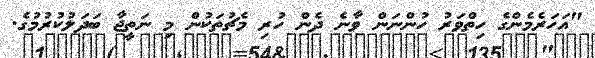
"އަހަރެމެންގެ ހިތްވަރު ހުންނަން ވާނެ ދެން ހުރި މެޗުތަކުން މި ނަތީޖާ ބަދަލުކުރުމުގެ.